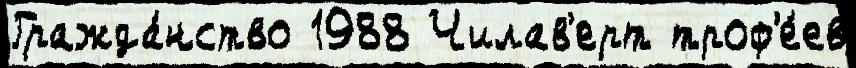
Гражда́нство 1988 Чилав'ерт троф'е́ев